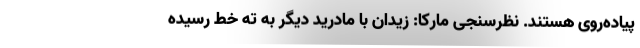
پیاده‌روی هستند. نظرسنجی مارکا: زیدان با مادرید دیگر به ته خط رسیده‌